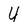
Character: 4